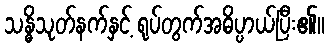
သန္ဓိသုတ်နက်နှင့် ရုပ်တွက်အဓိပ္ပာယ်ပြီး၏။